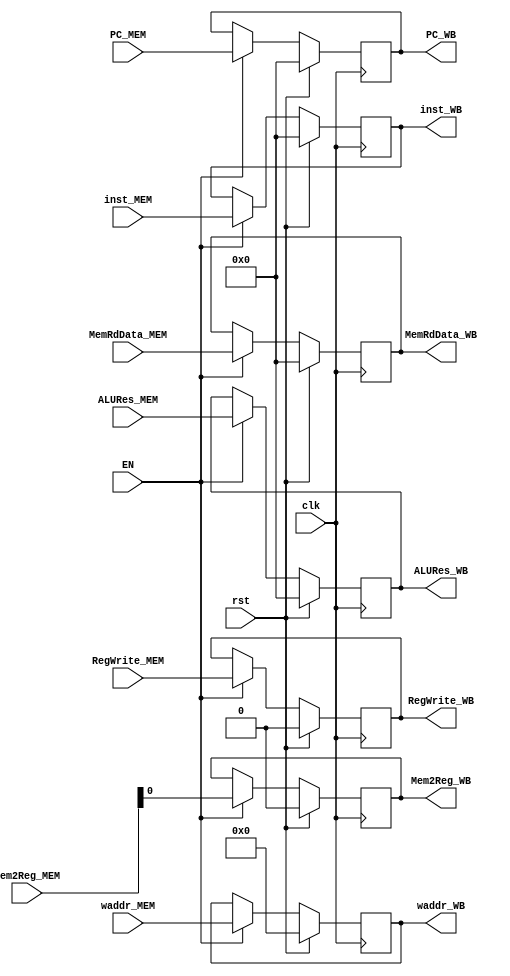
`timescale 1ns / 1ps

module MEM_WB(
    input clk,
    input rst,
    input EN,
    
    input [31:0]        PC_MEM,
    input [31:0]        inst_MEM,
    input [31:0]        ALURes_MEM,
    input [31:0]        MemRdData_MEM,
    input               RegWrite_MEM,
    input [4:0]         waddr_MEM,
    input [1:0]         Mem2Reg_MEM,
    
    output reg [31:0]   PC_WB,
    output reg [31:0]   inst_WB,
    output reg [31:0]   ALURes_WB,
    output reg [31:0]   MemRdData_WB,
    output reg          RegWrite_WB,
    output reg [4:0]    waddr_WB,
    output reg          Mem2Reg_WB
);
    always @(posedge clk) begin
        if(rst) begin
            PC_WB           <= 0;
            inst_WB         <= 0;
            ALURes_WB       <= 0;
            MemRdData_WB    <= 0;
            RegWrite_WB     <= 0;
            waddr_WB        <= 0;
            Mem2Reg_WB      <= 0;
        end
        else begin
            if(EN) begin
                PC_WB           <= PC_MEM;
                inst_WB         <= inst_MEM;
                ALURes_WB       <= ALURes_MEM;
                MemRdData_WB    <= MemRdData_MEM;
                RegWrite_WB     <= RegWrite_MEM;
                waddr_WB        <= waddr_MEM;
                Mem2Reg_WB      <= Mem2Reg_MEM;
            end
            else begin
                PC_WB           <= PC_WB;
                inst_WB         <= inst_WB;
                ALURes_WB       <= ALURes_WB;
                MemRdData_WB    <= MemRdData_WB;
                RegWrite_WB     <= RegWrite_WB;
                waddr_WB        <= waddr_WB;
                Mem2Reg_WB      <= Mem2Reg_WB;
            end
        end
    end
endmodule